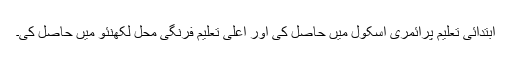
ابتدائی تعلیم پرائمری اسکول میں حاصل کی اور اعلی تعلیم فرنگی محل لکھنئو میں حاصل کی۔